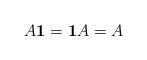
LaTeX: \begin{gather*}A\mathbf1=\mathbf1A=A\end{gather*}